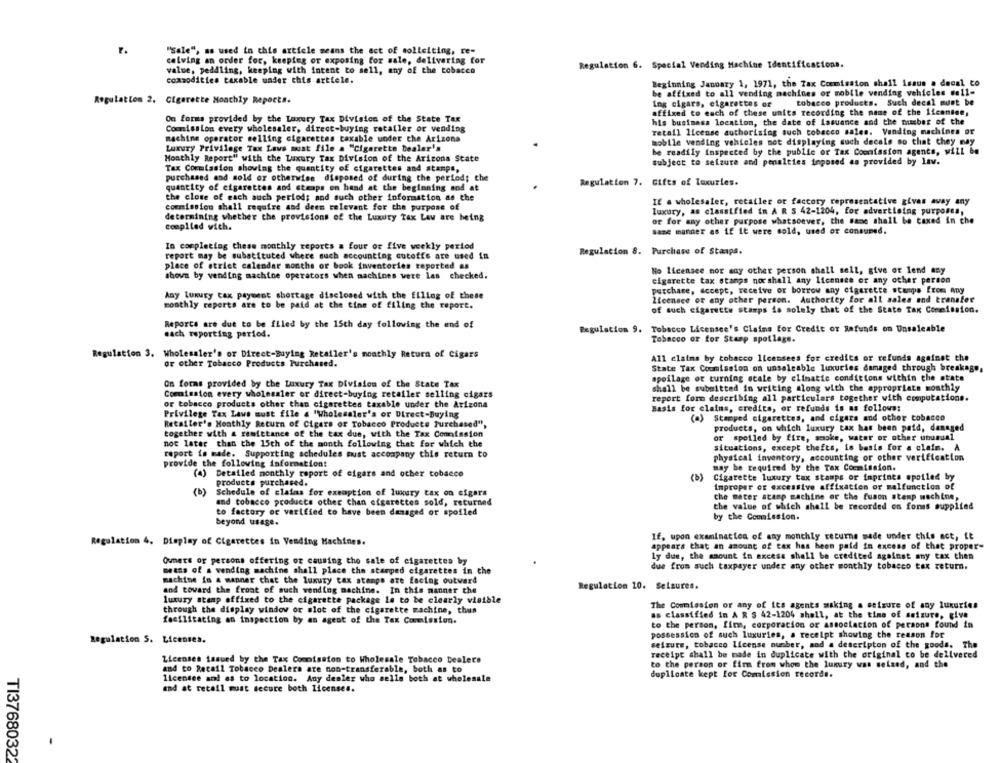
r.
"Sale", as used in this article means the act of soliciting, re-
calving an order for, keeping or exposing for sale, delivering for
Regulation 6. Special Vending Machine Identifications.
value, peddling, keeping with intent to sell, any of the tobacco
commodities taxable under this article.
Beginning January 1, 1971, the Tax Commission shall Ssaus a decal to
be affixed to all vending machines or mobile vending vehicles well-
Regulation 2. Cigarette Monthly Reports.
Ing cigars, cigarettes of
tobacco products. Such decal must be
affixed to each of these units recording the name of the 1icansee,
On forms provided by the Luxury Tax Division of the State Tax
his business location, the date of issuance and the number of the
Commission every wholesaler, direct-buying retailer or vending
retail license authorising such tobacco sales. Vending machines or
machine operator selling cigarettes taxable under che Arizona
mobile vending vehicles not displaying such decals so that they may
Luxury Privilege Tax Lava must file a "Cigarette Dealer's
be readily inspected by the public or Tax Coenission agents, will be
Monthly Report" with the Luxury Tax Division of the Arizona State
subject to seizure and penalties inposed as provided by lav.
Tax Commission showing the quantity of cigarettes and stamps,
purchased and sold or otherwise disposed of during the period; the
Regulation 7. Gifts of luxuries.
quantity of cigarettes and straps on hand at the beginning and at
the close of each auch period; and such other information as the
commission shall require and deem relevant for the purpose of
If a wholesaler, retailer or factory representative gives away any
luxury, as classified in A R $ 42-1204, for advertising purposes,
determining whether the provisions of the Luxury Tax Law are being
or for any other purpose whatsoever, the same shall be taxed in che
compiled vich.
same manner as if it were sold, used or consumed.
In completing these monthly reports & four or five weekly period
Regulation 8. Purchase of Stanps.
report may be substituted where such accounting cutoffs are used in
place of strict calendar months or book inventories reported as
shown by vending machine operators when machines were las checked.
Ho licensee nor any other person shall sell, give or lend any
cigarette tax stamps norshall any licensee or any other person
purchase, accept, receive or borrow any cigarette stamps from Any
Any Luxury tax payment shortage disclosed with the filing of these
monthly reports are to be paid at the tine of filing the report.
Licensee or any other person. Authority for all sales and transfer
of such cigarette stamps is solely that of the State Tax Commission.
Reporte are due to be filed by the 15th day following the end of
Regulation 9. Tobacco Licensce's Claims for Credit or Safunds on Unsaleable
each reporting period.
Tobacco or for Stamp spotlage.
Regulation 3. Wholesaler's or Direct-Buying Retailer's monthly Return of Cigars
All claims by tobacco licensees for credits or refunds againet che
or other Tobacco Products Purchased.
State Tax Coomission on unsalcable luxuries damaged through breakage,
spoilage or turning stale by climatie conditions within the state
On forms provided by the Luxury Tax Division of the State Tax
shall be submitted in writing along with the appropriate monthly
Commission every wholesaler or direct-buying retailer selling cigars
report form describing all particulars together with computations.
or tobacco products other than cigarettes taxable under the Arizona
Basis for claims, credits, or refunds is as follows:
Privilege Tax Laws must file & 'Wholesaler's or Direct-Buying
(a) Stamped cigarettes, and cigars and other tobacco
Retailer's Monthly Return of Cigars of Tobacco Products Purchased",
products, on which luxury tax has been paid, damaged
together with & remittance of the tax due, with the Tax Commission
or spoiled by fire, smoke, water or other unusual
noc later than the 15th of the month following that for which the
situations, except thefts, is basis for a claim. A
report is made. Supporting schedules must accompany this return to
physical inventory, accounting or other verification
provide the following information:
(a) Detailed monthly report of cigars and other tobacco
may be required by the Tax Coemission.
(b)
Cigarette luxury tax stamps or imprints spoiled by
products purchased.
Improper or excessive affixation or malfunction of
(b)
Schedule of claims for exemption of luxury tax on sigara
the meter acamp machine or the fuson stemp machine,
and tobacco products other than cigarettes sold, returned
to factory or verified to have been damaged or spoiled
the value of which shall be recorded on forms supplied
by the Commission.
beyond usage.
Regulation 4. Display of Cigarettes in Vending Machines.
If, upon examination of any monthly returne made under this act, it
appears that an amount of tax has been paid in excess of that proper-
ly due, the amount in excess shall be credited against any tax then
Owners or persons offering or causing the sale of cigarettes by
due from such taxpayer under any other monthly tobacco tax return.
means of a vending machine shall place the stamped cigarettes in the
machine in a manner that the luxury tax stampe are facing outward
Regulation 10. Selsures.
and toward the front of such vending machine. In this manner the
luxury stamp offixed to the cigarette package le to be clearly visible
through the display window or slot of the cigarette machine, thus
The Commission or any of its agents making a setsure of any luxuries
as classified in A R $ 42-1204 shell, at the time of seizure, give
facilitating an inspection by an agent of the Tax Commission.
to the person, fine, corporacion or association of persons found in
possession of such luxuries, a receipt showing the reason for
Regulation 5. Licenses.
seizure, tobacco License number, and a descripton of the goods. The
receipt shall be made in duplicate with the original to be delivered
Licenses issued by the Tax Commission to Wholesale Tobacco Dealers
to the person or firm from whom the luxury was seized, and the
and to Recall Tobacco Dealers are non-transferable, both as to
licensee and as to location. Any dealer who sells both at wholesale
duplicate kept for Comission records.
and at retail must secure both licenses.
TI3768032